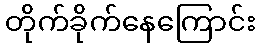
တိုက်ခိုက်နေကြောင်း